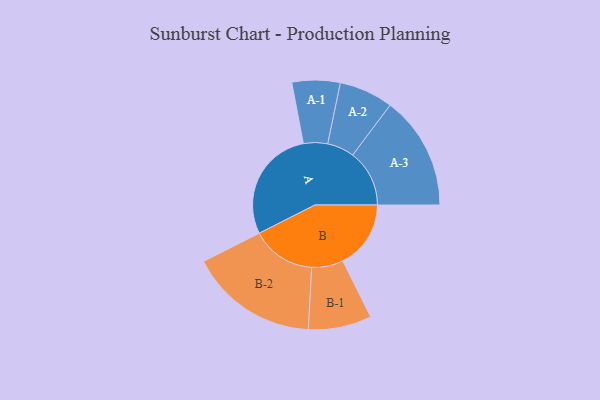
{"axis": {"x": "Segment", "y": "Value"}, "legend": ["", "A", "B"], "data": [{"x": "A", "y": 496, "type": ""}, {"x": "B", "y": 297, "type": ""}, {"x": "A-1", "y": 105, "type": "A"}, {"x": "A-2", "y": 118, "type": "A"}, {"x": "A-3", "y": 248, "type": "A"}, {"x": "B-1", "y": 138, "type": "B"}, {"x": "B-2", "y": 281, "type": "B"}]}